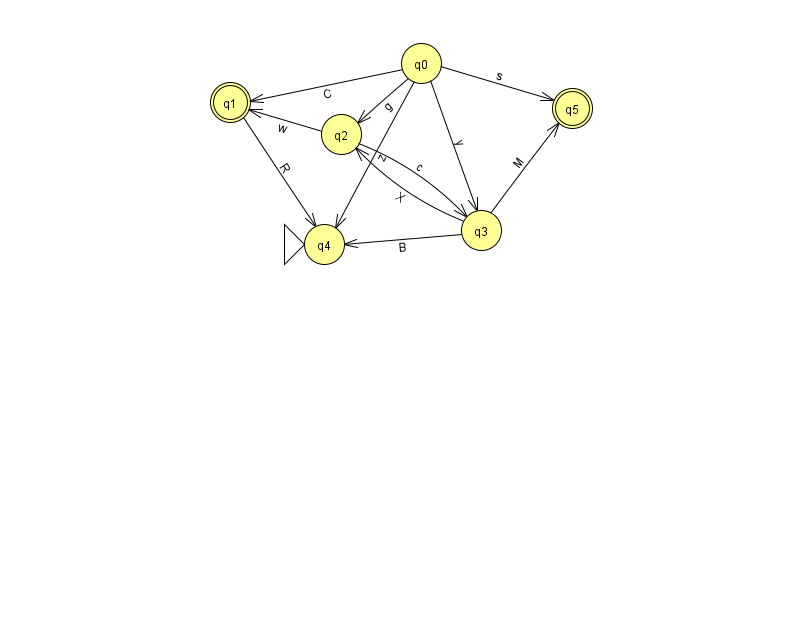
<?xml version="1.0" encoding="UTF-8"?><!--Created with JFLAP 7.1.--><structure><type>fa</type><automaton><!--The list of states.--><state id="0" name="q0"><x>421.0</x><y>50.0</y></state><state id="1" name="q1"><x>230.0</x><y>89.0</y><final/></state><state id="2" name="q2"><x>341.0</x><y>121.0</y></state><state id="3" name="q3"><x>481.0</x><y>217.0</y></state><state id="4" name="q4"><x>324.0</x><y>231.0</y><initial/></state><state id="5" name="q5"><x>572.0</x><y>95.0</y><final/></state><!--The list of transitions.--><transition><from>0</from><to>2</to><read>g</read></transition><transition><from>0</from><to>1</to><read>C</read></transition><transition><from>0</from><to>5</to><read>s</read></transition><transition><from>1</from><to>4</to><read>R</read></transition><transition><from>2</from><to>1</to><read>w</read></transition><transition><from>3</from><to>4</to><read>B</read></transition><transition><from>2</from><to>3</to><read>c</read></transition><transition><from>0</from><to>4</to><read>z</read></transition><transition><from>0</from><to>3</to><read>y</read></transition><transition><from>3</from><to>2</to><read>X</read></transition><transition><from>3</from><to>5</to><read>M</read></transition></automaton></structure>